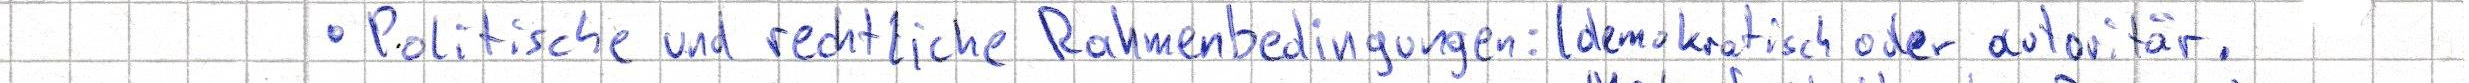
- Politische und rechtliche Rahmenbedingungen: (demokratisch oder autoritär,